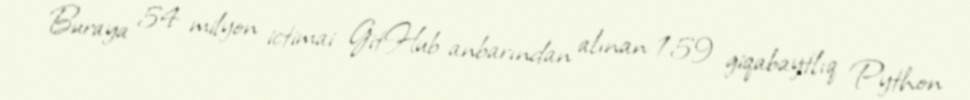
Buraya 54 milyon ictimai GitHub anbarından alınan 159 giqabaytlıq Python